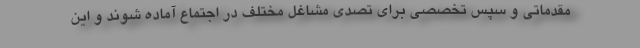
مقدماتی و سپس تخصصی برای تصدی مشاغل مختلف در اجتماع آماده شوند و این